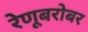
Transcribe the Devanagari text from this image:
रेणूबरोबर